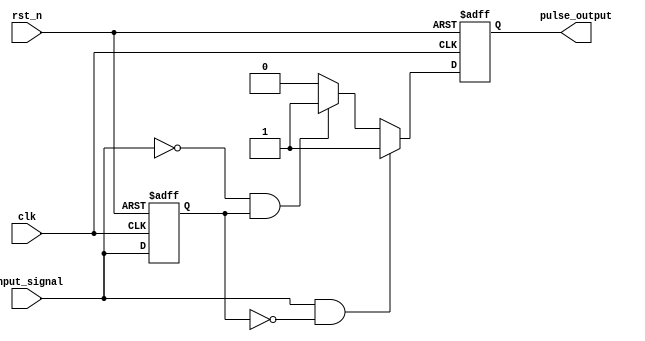
module pulse_edge_detector (
    input wire clk,                // Clock signal
    input wire rst_n,              // Asynchronous reset (active low)
    input wire input_signal,        // Input signal to detect edges
    output reg pulse_output         // Pulse output for detected edges
);

    // State memory to store the previous state of the input signal
    reg previous_state;

    // Asynchronous reset and edge detection logic
    always @(posedge clk or negedge rst_n) begin
        if (!rst_n) begin
            previous_state <= 1'b0;  // Initialize previous state to low
            pulse_output <= 1'b0;     // Initialize pulse output to low
        end else begin
            // Edge detection logic
            if (input_signal && !previous_state) begin
                // Rising edge detected
                pulse_output <= 1'b1;   // Generate pulse
            end else if (!input_signal && previous_state) begin
                // Falling edge detected
                pulse_output <= 1'b1;   // Generate pulse
            end else begin
                pulse_output <= 1'b0;    // No edge detected
            end
            
            // Update the previous state
            previous_state <= input_signal;
        end
    end

endmodule